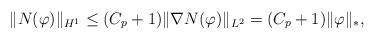
LaTeX: \begin{align*}\|N(\varphi)\|_{H^{1}} \leq (C_{p}+1) \|\nabla N(\varphi)\|_{L^{2}} = (C_{p}+1) \|\varphi\|_{*},\end{align*}